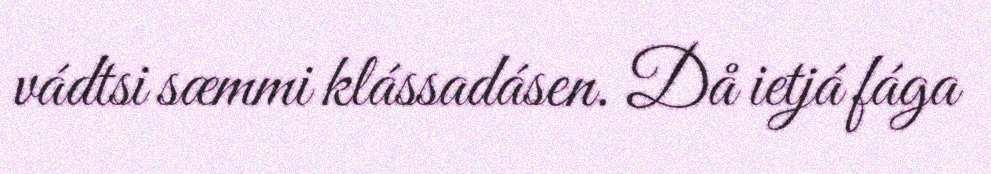
vádtsi sæmmi klássadásen. Då ietjá fága